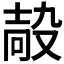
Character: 𡔮